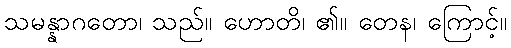
သမန္နာဂတော၊ သည်။ ဟောတိ၊ ၏။ တေန၊ ကြောင့်။